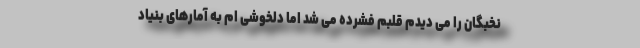
نخبگان را می دیدم قلبم فشرده می شد اما دلخوشی ام به آمارهای بنیاد